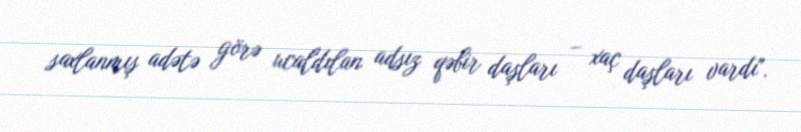
saxlanmış adətə görə ucaldılan adsız qəbir daşları – xaç daşları vardı".